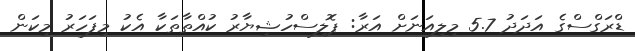
ޑްރަގްސްގެ އަދަދު 5.7 މިލިއަނަށް އަރާ: ޕޮލިސްހުޝިޔާރު ކުއްތާތަކާ އެކު މިފަހަރު މިކަން